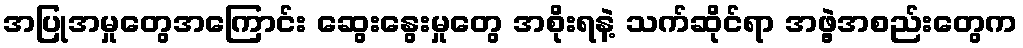
အပြုအမှုတွေအကြောင်း ဆွေးနွေးမှုတွေ အစိုးရနဲ့ သက်ဆိုင်ရာ အဖွဲ့အစည်းတွေက